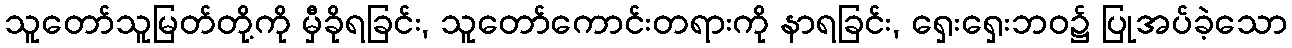
သူတော်သူမြတ်တို့ကို မှီခိုရခြင်း, သူတော်ကောင်းတရားကို နာရခြင်း, ရှေးရှေးဘဝ၌ ပြုအပ်ခဲ့သော